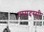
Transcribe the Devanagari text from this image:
धम्मदस्सी